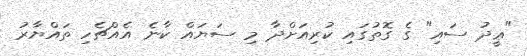
"ޢީދު ސައި" ގެ ގޮތުގައި ކުރިއަށްދާ މި ސަޔައް ކާނެ އެއްޗެހި ތައްޔާރު